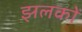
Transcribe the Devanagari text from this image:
झलकों